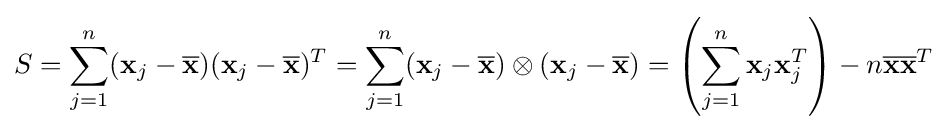
S=\sum _{j=1}^{n}(\mathbf {x} _{j}-{\overline {\mathbf {x} }})(\mathbf {x} _{j}-{\overline {\mathbf {x} }})^{T}=\sum _{j=1}^{n}(\mathbf {x} _{j}-{\overline {\mathbf {x} }})\otimes (\mathbf {x} _{j}-{\overline {\mathbf {x} }})=\left(\sum _{j=1}^{n}\mathbf {x} _{j}\mathbf {x} _{j}^{T}\right)-n{\overline {\mathbf {x} }}{\overline {\mathbf {x} }}^{T}